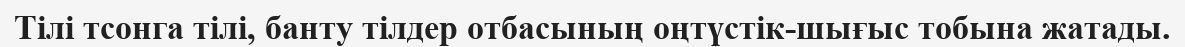
Тілі тсонга тілі, банту тілдер отбасының оңтүстік-шығыс тобына жатады.